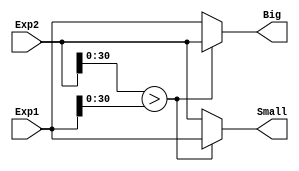

module Check(input [31:0]Exp1, input [31:0]Exp2, output reg [31:0]Big, output reg [31:0]Small);

    always @(Exp1 or Exp2)
    begin
        if(Exp2[30:0]>Exp1[30:0])
        begin
            Small = Exp1;
            Big = Exp2;
        end
        else
        begin
            Big = Exp1;
            Small = Exp2;
        end
    end

endmodule